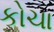
કોચા